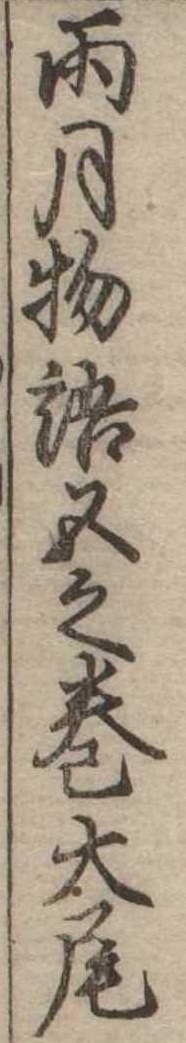
雨月物語五之巻大尾